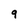
Character: 9